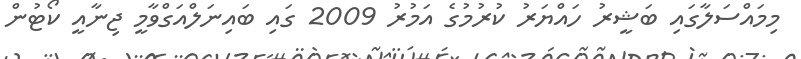
މިމައްސަލާގައި ބަޝީރު ހައްޔަރު ކުރުމުގެ އަމުރު 2009 ގައި ބައިނަލްއަގްވާމީ ޖިނާއީ ކޯޓުން